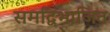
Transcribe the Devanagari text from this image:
समद्विभाजित